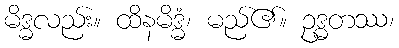
မိဒ္ဓလည်း။ ထိနမိဒ္ဓံ၊ မည်၏။ ဥဒ္ဓတဿ၊